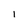
Character: I